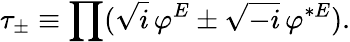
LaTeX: \tau_{\pm}\equiv\prod(\sqrt{i}\, \varphi^{E}\pm\sqrt{-i}\, \varphi^{*E}).